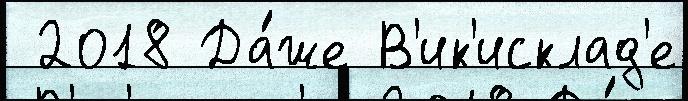
 2018 Да́же В'ик'исклад'е